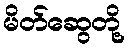
မိတ်ဆွေတို့